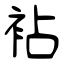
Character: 袩